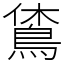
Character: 𪀪